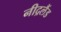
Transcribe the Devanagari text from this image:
नीद्रलैंड